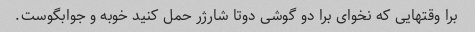
برا وقتهایی که نخوای برا دو گوشی دوتا شارژر حمل کنید خوبه و جوابگوست.